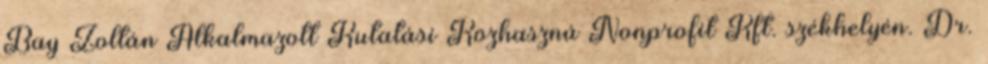
Bay Zoltán Alkalmazott Kutatási Közhasznú Nonprofit Kft. székhelyén. Dr.